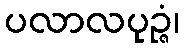
ပလာလပုဉ္ဇံ၊